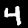
Digit: 4